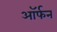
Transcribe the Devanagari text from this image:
ऑर्फन